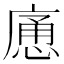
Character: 𱝉